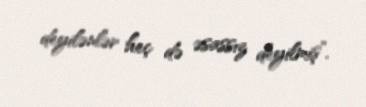
deyilənlər heç də əsassız deyilmiş”.